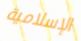
الإسلامية